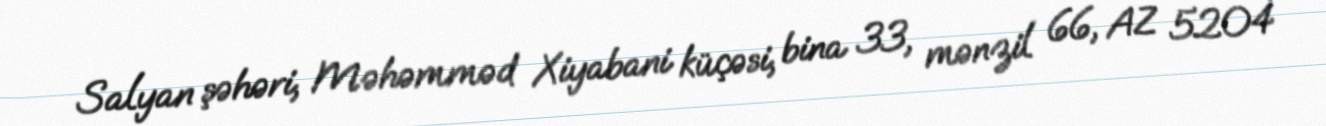
Salyan şəhəri, Məhəmməd Xiyabani küçəsi, bina 33, mənzil 66, AZ 5204